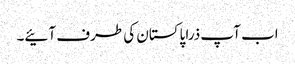
اب آپ ذرا پاکستان کی طرف آئیے۔